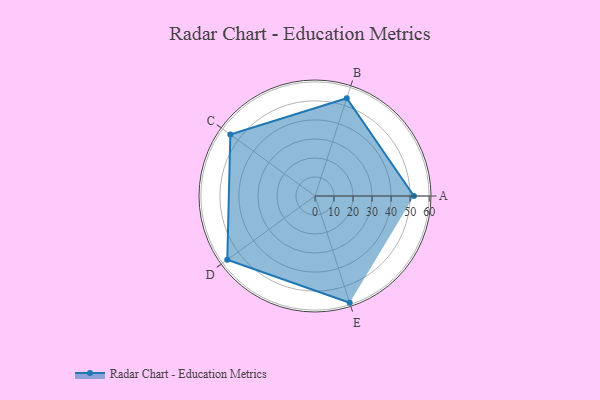
{"axis": {"x": "Skill", "y": "Score"}, "legend": ["Profile"], "data": [{"x": "A", "y": 52.0, "type": "Profile"}, {"x": "B", "y": 54.0, "type": "Profile"}, {"x": "C", "y": 55.0, "type": "Profile"}, {"x": "D", "y": 57.0, "type": "Profile"}, {"x": "E", "y": 59.0, "type": "Profile"}]}